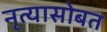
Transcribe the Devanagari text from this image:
नृत्यासोबत